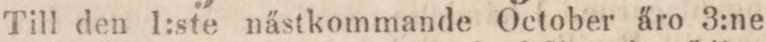
Till den 1:ste nästkommande October äro 3:ne